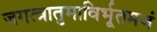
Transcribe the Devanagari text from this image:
जगत्त्रातुमाविर्भूतमजं